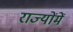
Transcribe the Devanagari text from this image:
राज्योंमें